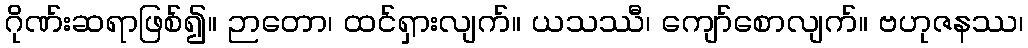
ဂိုဏ်းဆရာဖြစ်၍။ ဉာတော၊ ထင်ရှားလျက်။ ယသဿီ၊ ကျော်စောလျက်။ ဗဟုဇနဿ၊